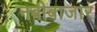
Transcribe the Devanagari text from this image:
नबीबाजार